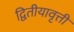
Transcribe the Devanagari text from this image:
द्वितीयावृत्ती